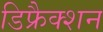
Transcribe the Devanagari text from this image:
डिफ्रैक्शन